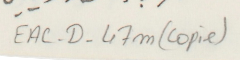
EAC-D-47m(copie)